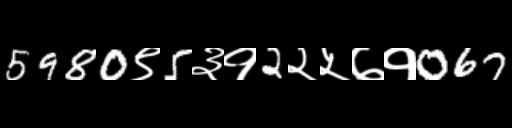
Text: 5980९5३१2२५७१067